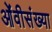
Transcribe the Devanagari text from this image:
ओंवीसंख्या